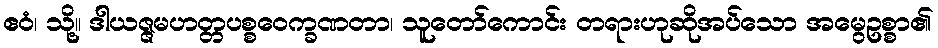
ဧဝံ၊ သို့။ ဒါယဇ္ဇမဟတ္တပစ္စဝေက္ခဏတာ၊ သူတော်ကောင်း တရားဟုဆိုအပ်သော အမွေဥစ္စာ၏